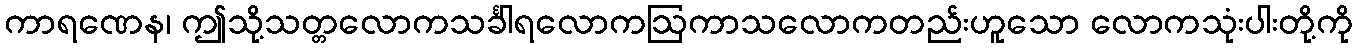
ကာရဏေန၊ ဤသို့သတ္တလောကသင်္ခါရလောကဩကာသလောကတည်းဟူသော လောကသုံးပါးတို့ကို